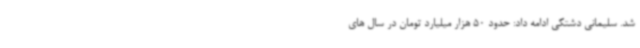
شد. سلیمانی دشتکی ادامه داد: حدود 50 هزار میلیارد تومان در سال های